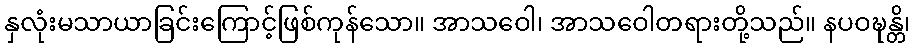
နှလုံးမသာယာခြင်းကြောင့်ဖြစ်ကုန်သော။ အာသဝေါ၊ အာသဝေါတရားတို့သည်။ နပဝဍ္ဎန္တိ၊